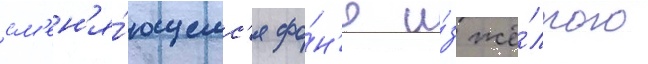
см'ен'я́ющемс'я фо́н'е и́з жё́лтого